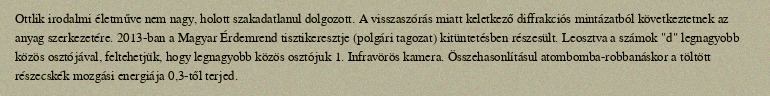
Ottlik irodalmi életműve nem nagy, holott szakadatlanul dolgozott. A visszaszórás miatt keletkező diffrakciós mintázatból következtetnek az anyag szerkezetére. 2013-ban a Magyar Érdemrend tisztikeresztje (polgári tagozat) kitüntetésben részesült. Leosztva a számok "d" legnagyobb közös osztójával, feltehetjük, hogy legnagyobb közös osztójuk 1. Infravörös kamera. Összehasonlításul atombomba-robbanáskor a töltött részecskék mozgási energiája 0,3-től terjed.